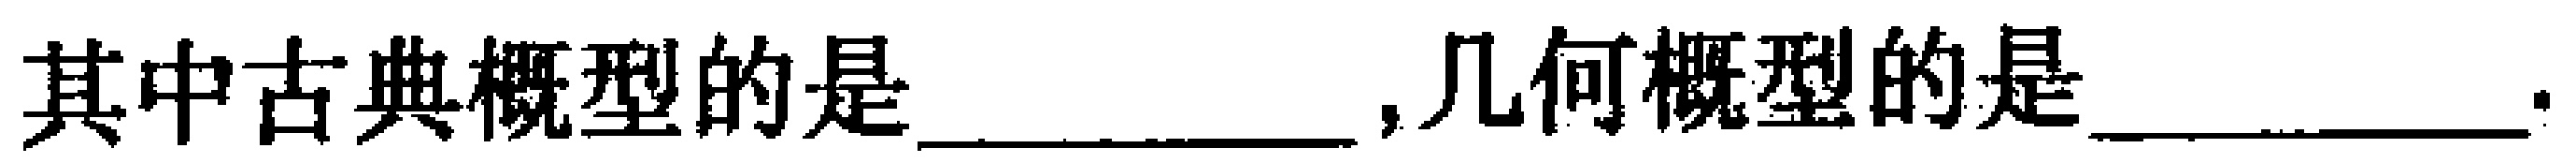
其中古典概型的是\underline{\qquad},几何概型的是\underline{\qquad}.